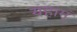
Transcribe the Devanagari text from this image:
यहाम्ं